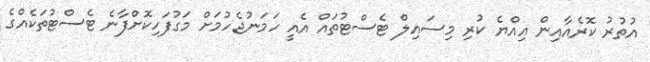
އުތުރު ކޮރެއާއިން އިއްޔެ ކުރި މިސައިލް ޓެސްޓުތައް އެއީ ހަމަނުޖެހުމަށް މަގުފަހިކޮށްފާނެ ޓެސްޓުތަކެއްގެ